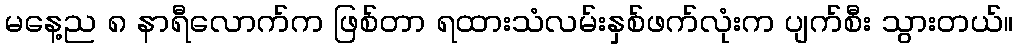
မနေ့ည ၈ နာရီလောက်က ဖြစ်တာ ရထားသံလမ်းနှစ်ဖက်လုံးက ပျက်စီး သွားတယ်။